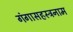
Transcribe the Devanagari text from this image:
गंगासहस्त्रनाम